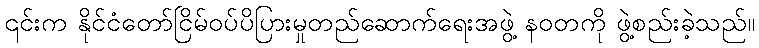
၎င်းက နိုင်ငံတော်ငြိမ်ဝပ်ပိပြားမှုတည်ဆောက်ရေးအဖွဲ့ နဝတကို ဖွဲ့စည်းခဲ့သည်။